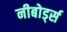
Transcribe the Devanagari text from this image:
नीबोर्ड्स